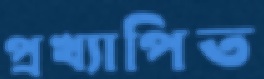
প্রখ্যাপিত